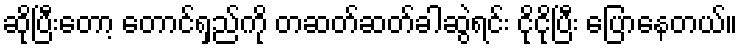
ဆိုပြီးတော့ တောင်ရှည်ကို တဆတ်ဆတ်ခါဆွဲရင်း ငိုငိုပြီး ပြောနေတယ်။